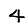
Digit: 4